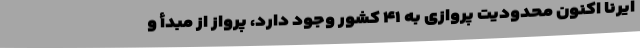
ایرنا اکنون محدودیت پروازی به ۴۱ کشور وجود دارد، ‌پرواز از مبدأ و